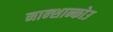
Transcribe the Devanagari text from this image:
नान्शान्कोउ